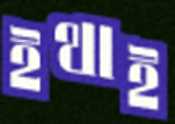
ইথাই